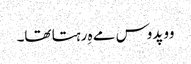
وو پدوس مے ہِ رہتا تھا۔